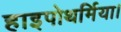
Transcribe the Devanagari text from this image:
हाइपोथर्मिया।